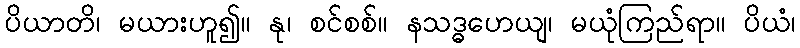
ပိယာတိ၊ မယားဟူ၍။ နု၊ စင်စစ်။ နသဒ္ဓဟေယျ၊ မယုံကြည်ရာ။ ပိယံ၊